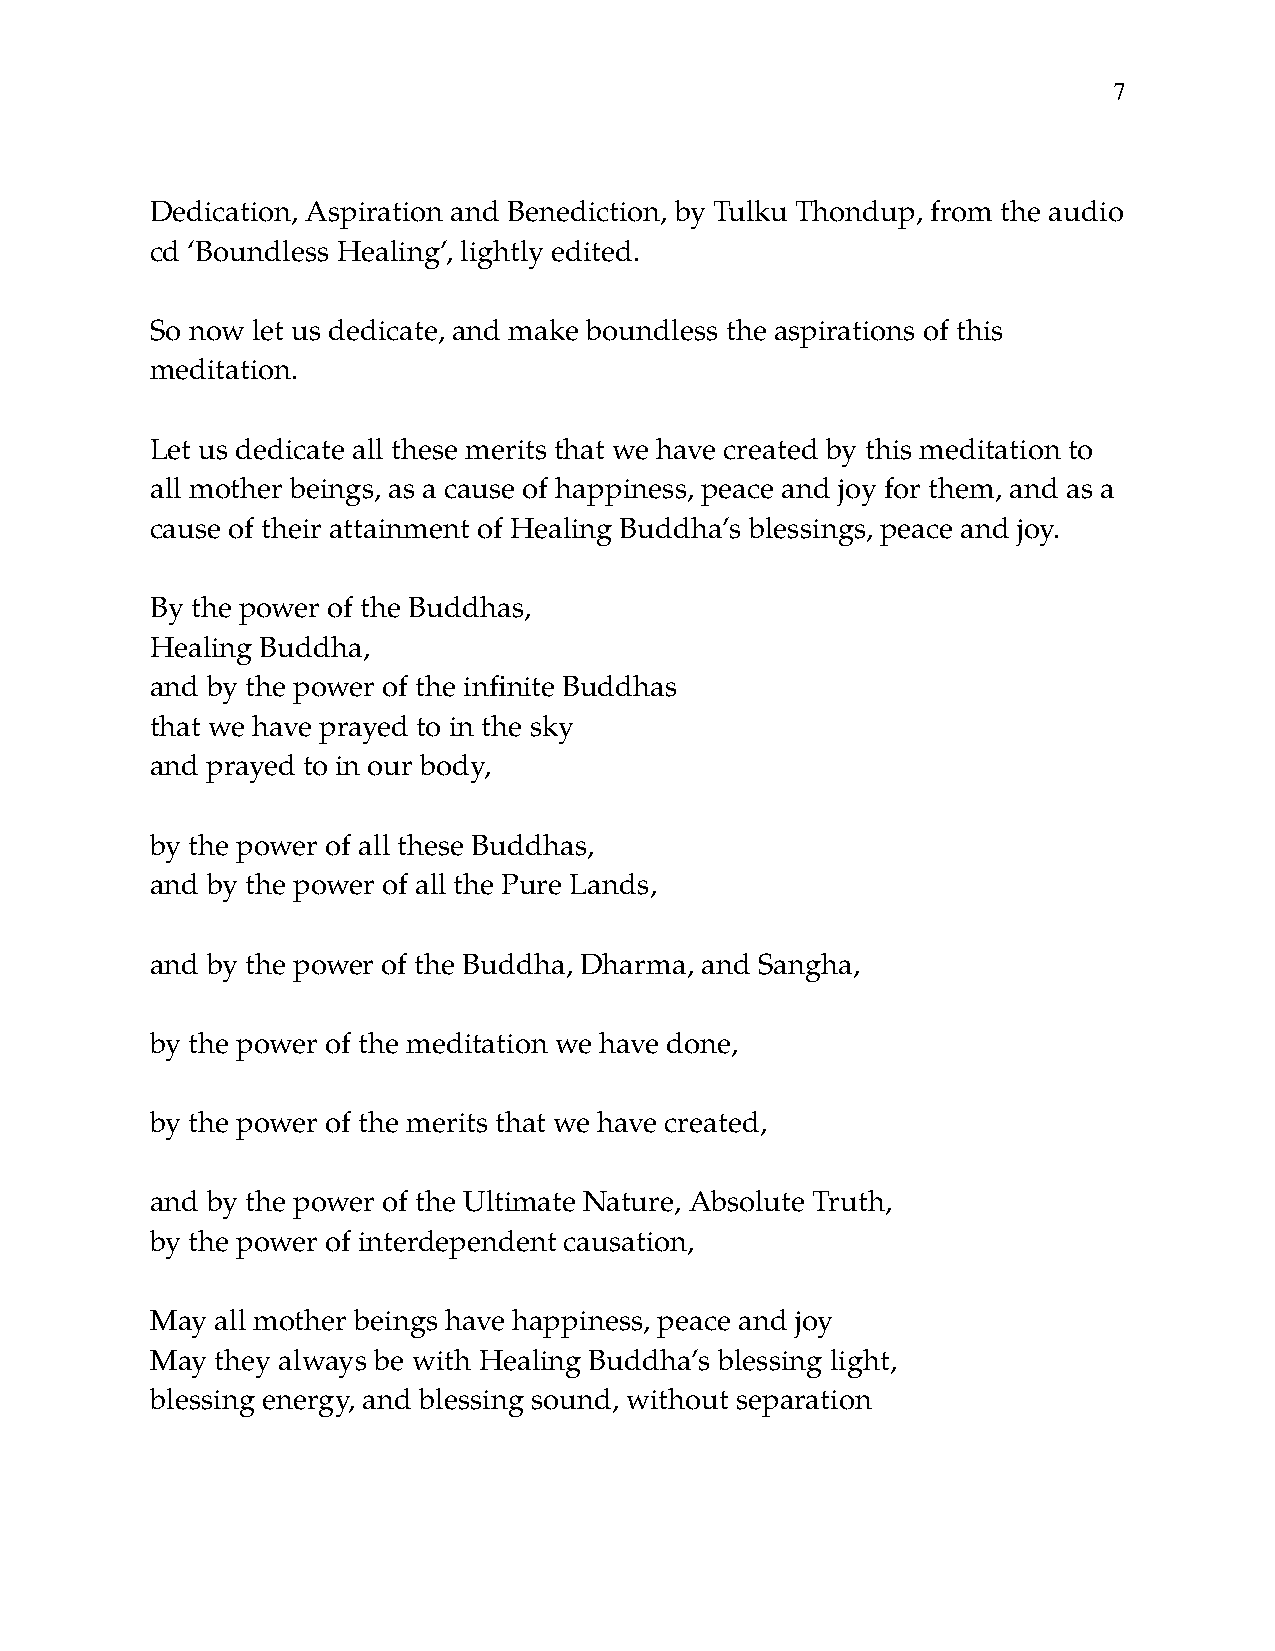
!7
 Dedication, Aspiration and Benediction, by Tulku Thondup, from the audio
 cd ‘Boundless Healing’, lightly edited.
 So now let us dedicate, and make boundless the aspirations of this
 meditation.
 Let us dedicate all these merits that we have created by this meditation to
 all mother beings, as a cause of happiness, peace and joy for them, and as a
 cause of their attainment of Healing Buddha’s blessings, peace and joy.
 By the power of the Buddhas,
 Healing Buddha,
 and by the power of the infinite Buddhas
 that we have prayed to in the sky
 and prayed to in our body,
 by the power of all these Buddhas,
 and by the power of all the Pure Lands,
 and by the power of the Buddha, Dharma, and Sangha,
 by the power of the meditation we have done,
 by the power of the merits that we have created,
 and by the power of the Ultimate Nature, Absolute Truth,
 by the power of interdependent causation,
 May all mother beings have happiness, peace and joy
 May they always be with Healing Buddha’s blessing light,
 blessing energy, and blessing sound, without separation